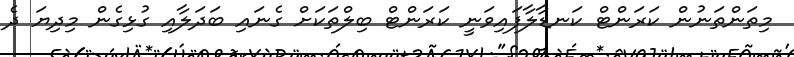
މިތަންތަނުން ކަރަންޓް ކަނޑާލާފައިވަނީ ކަރަންޓް ބިލްތަކަށް ގެނައި ބަދަލާއި ގުޅިގެން މިދިޔަ ދެ